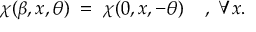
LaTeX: \chi ( \beta , x , \theta ) \; = \; \chi ( 0 , x , - \theta ) \; \; \; \; , \; \forall x .